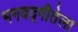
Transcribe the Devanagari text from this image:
भगवद्गीतेला